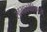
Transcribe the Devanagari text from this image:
स्वभाववैशिष्टय़े